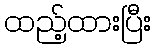
ထည့်ထားပြီး